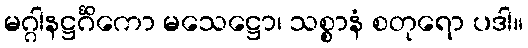
မဂ္ဂါနဋ္ဌင်္ဂိကော မသေဋ္ဌော၊ သစ္စာနံ စတုရော ပဒါ။